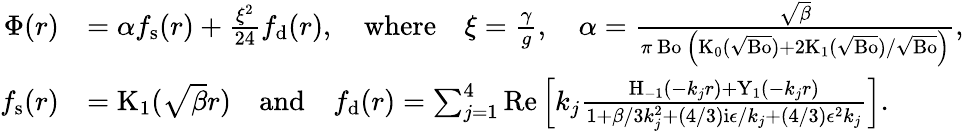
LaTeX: \begin{array}{rl}{\Phi(r)}&{=\alpha f_{\mathrm{s}}(r)+\frac{\xi^{2}}{24}f_{\mathrm{d}}(r),\quad\mathrm{where}\quad\xi=\frac{\gamma}{g},\quad\alpha=\frac{\sqrt{\beta}}{\pi\mathrm{~Bo~}\left(\mathrm{K}_{0}(\sqrt{\mathrm{Bo}})+2\mathrm{K}_{1}(\sqrt{\mathrm{Bo}})/\sqrt{\mathrm{Bo}}\right)},}\\ {f_{\mathrm{s}}(r)}&{=\mathrm{K}_{1}(\sqrt{\beta}r)\quad\mathrm{and}\quad f_{\mathrm{d}}(r)=\sum_{j=1}^{4}\mathrm{Re}\left[k_{j}\frac{\mathrm{H}_{-1}(-k_{j}r)+\mathrm{Y}_{1}(-k_{j}r)}{1+\beta/3k_{j}^{2}+(4/3)\mathrm{i}\epsilon/k_{j}+(4/3)\epsilon^{2}k_{j}}\right].}\end{array}